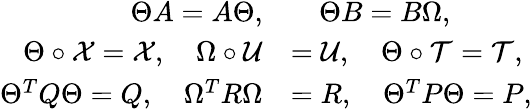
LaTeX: \begin{array}{rl}{\Theta A=A\Theta,}&{\quad\Theta B=B\Omega,}\\ {\Theta\circ\mathcal{X}=\mathcal{X},\quad\Omega\circ\mathcal{U}}&{=\mathcal{U},\quad\Theta\circ\mathcal{T}=\mathcal{T},}\\ {\Theta^{T}Q\Theta=Q,\quad\Omega^{T}R\Omega}&{=R,\quad\Theta^{T}P\Theta=P,}\end{array}